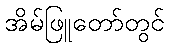
အိမ်ဖြူတော်တွင်